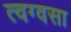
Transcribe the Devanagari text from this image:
त्वग्वसा